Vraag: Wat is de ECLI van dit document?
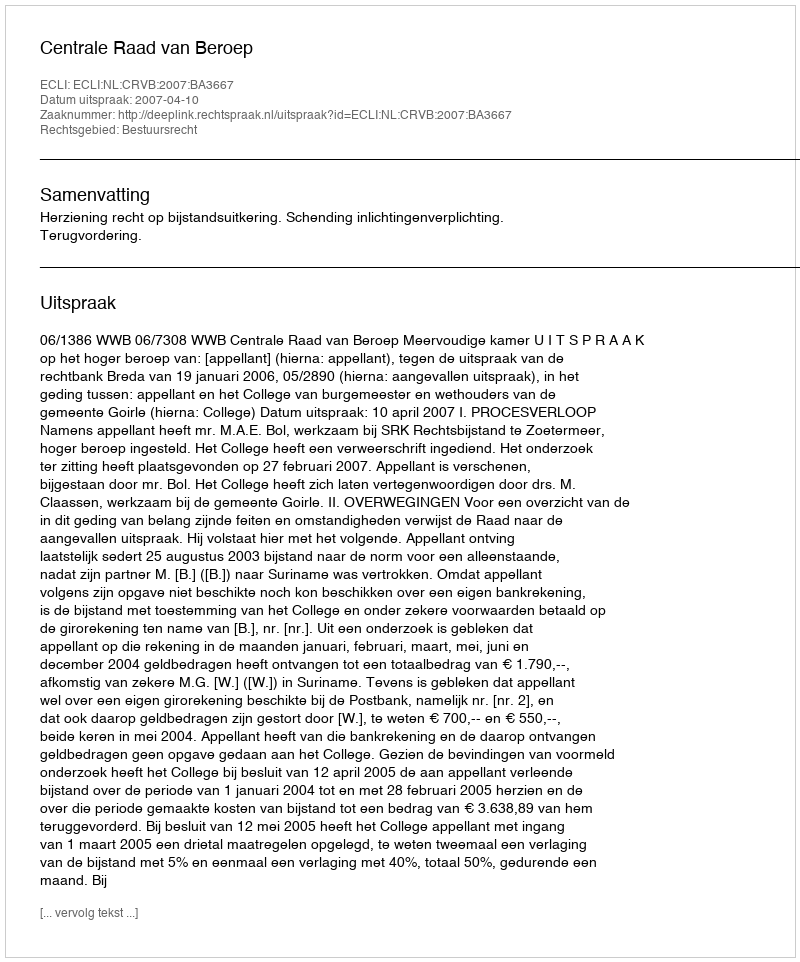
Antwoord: ECLI:NL:CRVB:2007:BA3667